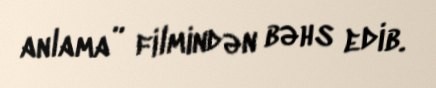
anlama” filmindən bəhs edib.